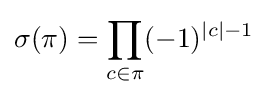
\sigma (\pi )=\prod _{c\in \pi }(-1)^{|c|-1}